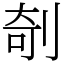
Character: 剞